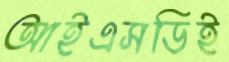
আইএসডিই